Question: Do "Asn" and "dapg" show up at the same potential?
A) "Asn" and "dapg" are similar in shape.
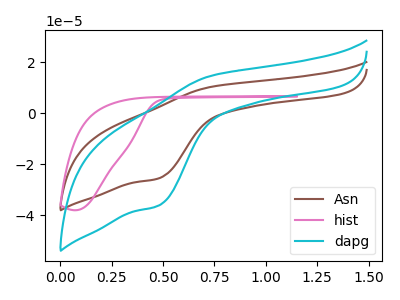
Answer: <think>The brown curve "Asn" has an anodic peak at (0.75V, 10.35uA) and a cathodic peak at (0.50V, -25.55uA). The pink curve "hist" has no peaks. The cyan curve "dapg" has an anodic peak at (0.75V, 14.70uA) and a cathodic peak at (0.50V, -36.25uA).
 All the peaks in "Asn" have a peak in "dapg" at the same potential. Every peak in "Asn" is lower than every peak in "dapg".</think>
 <answer>A) "Asn" and "dapg" are similar in shape.</answer>
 <eval>A</eval>